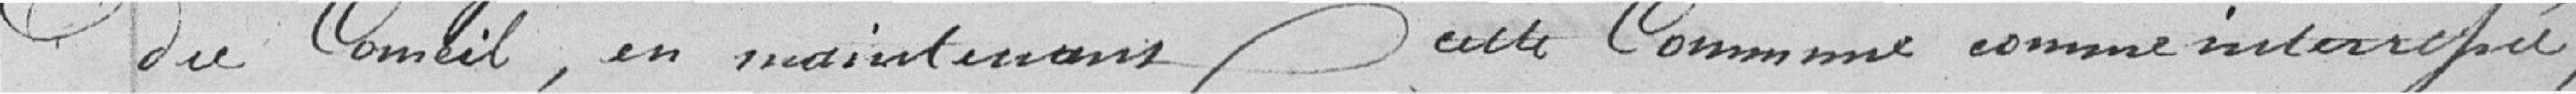
du Conseil, en maintenant cette Comme comme intéressée